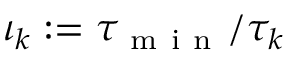
\iota _ { k } : = \tau _ { \mathrm { ~ m ~ i ~ n ~ } } / \tau _ { k }